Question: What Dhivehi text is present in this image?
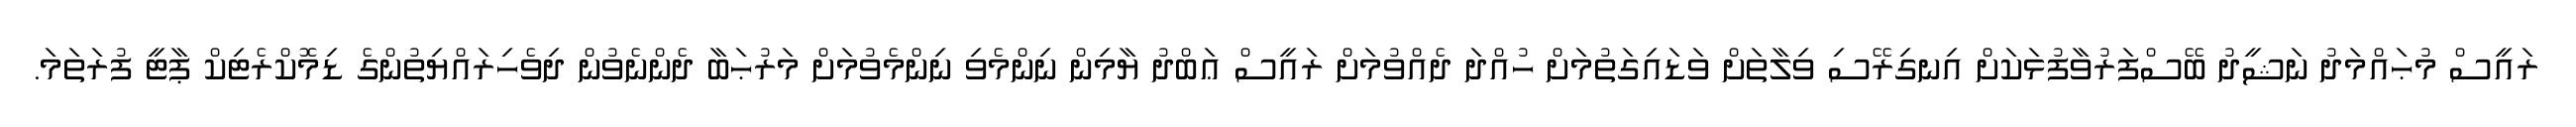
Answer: ރައީސް މުޙައްމަދު ނަޝީދު ބޭސްފަރުވާފުޅަކަށް އިނގިރޭސި ވިލާތަށް ވަޑައިގަތުމަށް ހުއްދަ ދެއްވުމަށް ރައީސް ޢަބްދު ޔާމިން ނިންމެވި ނިންމެވުމަށް މަރުޙަބާ ދެންނެވުން ދިވެހިރައްޔިތުންގެ ޑިމޮކްރެޓިކް ޕާޓީ ފުރަތަމަ.